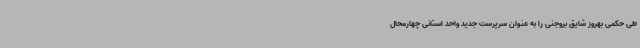
طی حکمی بهروز شایق بروجنی را به عنوان سرپرست جدید واحد استانی چهارمحال